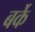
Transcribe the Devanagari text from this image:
बर्के